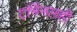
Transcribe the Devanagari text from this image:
टर्मिनलही